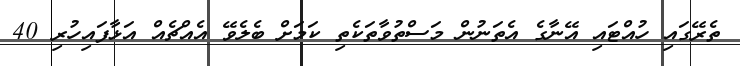
ތެރޭގައި ހުއްޓައި އޭނާގެ އެތަނުން މަސްތުވާތަކެތި ކަމަށް ބެލެވޭ އެއްޗެއް އަޅާފައިހުރި 40